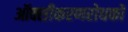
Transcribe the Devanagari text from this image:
ऑक्सीकरणरोधकों